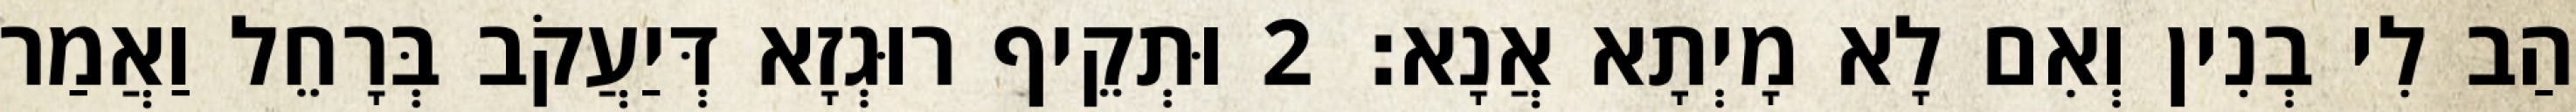
הַב לִי בְנִין וְאִם לָא מָיְתָא אֲנָא׃ 2 וּתְקֵיף רוּגְזָא דְּיַעֲקֹב בְּרָחֵל וַאֲמַר